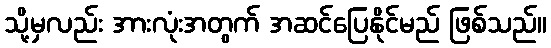
သို့မှလည်း အားလုံးအတွက် အဆင်ပြေနိုင်မည် ဖြစ်သည်။